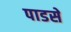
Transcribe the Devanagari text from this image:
पाडसे